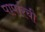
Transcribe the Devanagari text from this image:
पापारेची